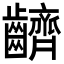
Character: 䶩